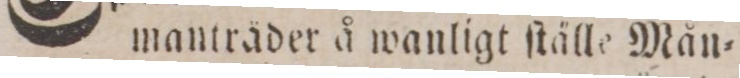
manträder å wanligt ſtälle Mån=